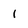
Character: 1